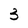
Character: 3